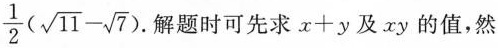
$$\frac{1}{2}(\sqrt{11}- \sqrt{7})$$.解题时可先求$$x+y$$及xy的值，然